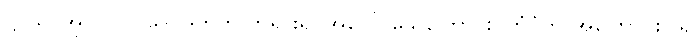
ဋ္ဌ-သ-အုပ်-၇၁၊ ဒေဝဒတ်က ဘုရားရှင်အပေါ် သေကြောင်း ကြံပုံကို အကြောင်းပြု၍